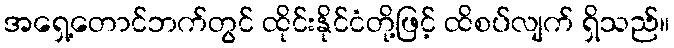
အရှေ့တောင်ဘက်တွင် ထိုင်းနိုင်ငံတို့ဖြင့် ထိစပ်လျက် ရှိသည်။